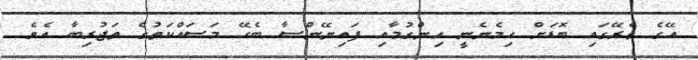
އޭގެ ތެރޭގައި ބޮޑަށް ހިމެނެނީ ހިންގުމާއި ފައިނޭންސާ ބެހޭ މަސައްކަތުގެ ތަޖުރިބާ އެވެ.